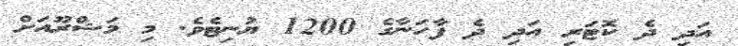
އަދި ދެ ކޮޓަރި އަދި ދެ ފާހަނާގެ 1200 ޔުނިޓެވެ. މި މަޝްރޫއަށް